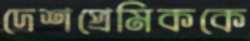
দেশপ্রেমিককে